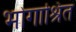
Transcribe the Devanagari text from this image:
भोगाश्रित